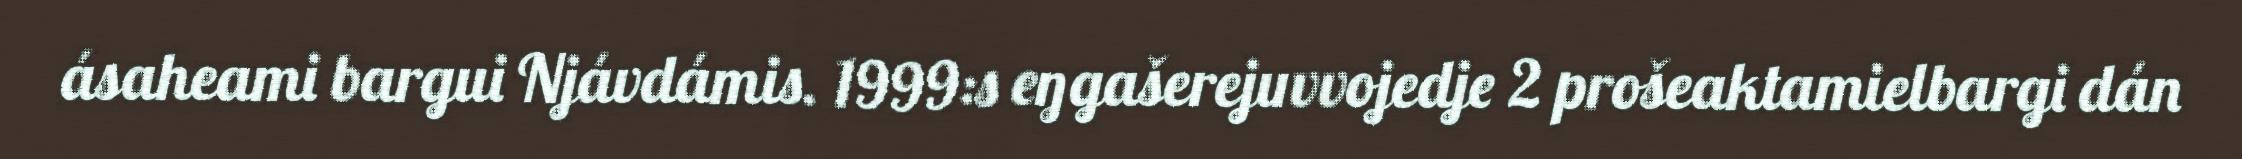
ásaheami bargui Njávdámis. 1999:s eŋgašerejuvvojedje 2 prošeaktamielbargi dán